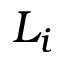
L _ { i }